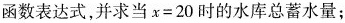
函数表达式，并求当$$x=20$$时的水库总蓄水量；